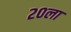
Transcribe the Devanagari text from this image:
२०ला